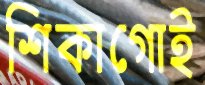
শিকাগোই